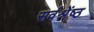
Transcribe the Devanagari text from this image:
सर्वश्रेंष्ठ